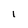
Character: l